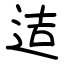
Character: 迼